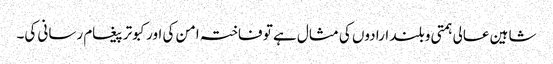
شاہین عالی ہمتی و بلند ارادوں کی مثال ہے تو فاختہ امن کی اور کبوتر پیغام رسانی کی۔